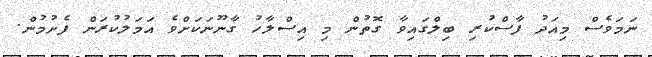
ނަމަވެސް މިއަދު ފާސްކުރި ބިލްގައިވާ ގޮތުން މި އިސްލާހު ގާނޫނަކަށްވެ އަމަލުކުރަން ފެށުމުން.